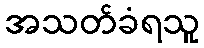
အသတ်ခံရသူ